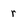
Character: r